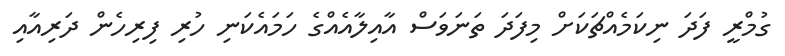
ގުމްރީ ފަދަ ނިކަމެއްޗަކަށް މިފަދަ ތަނަވަސް އާއިލާއެއްގެ ހަމައެކަނި ހުރި ފިރިހެން ދަރިއާއި